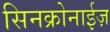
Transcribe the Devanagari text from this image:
सिनक्रोनाईज़